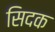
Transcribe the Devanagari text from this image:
सिदक